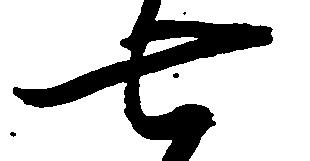
七